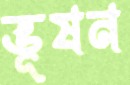
ভূষন